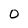
Character: O